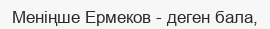
Меніңше Ермеков - деген бала,